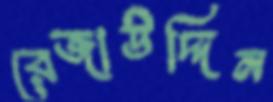
রেজাউদ্দিন